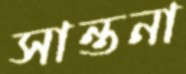
সান্তনা